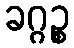
ခဂ္ဂဉ္စ